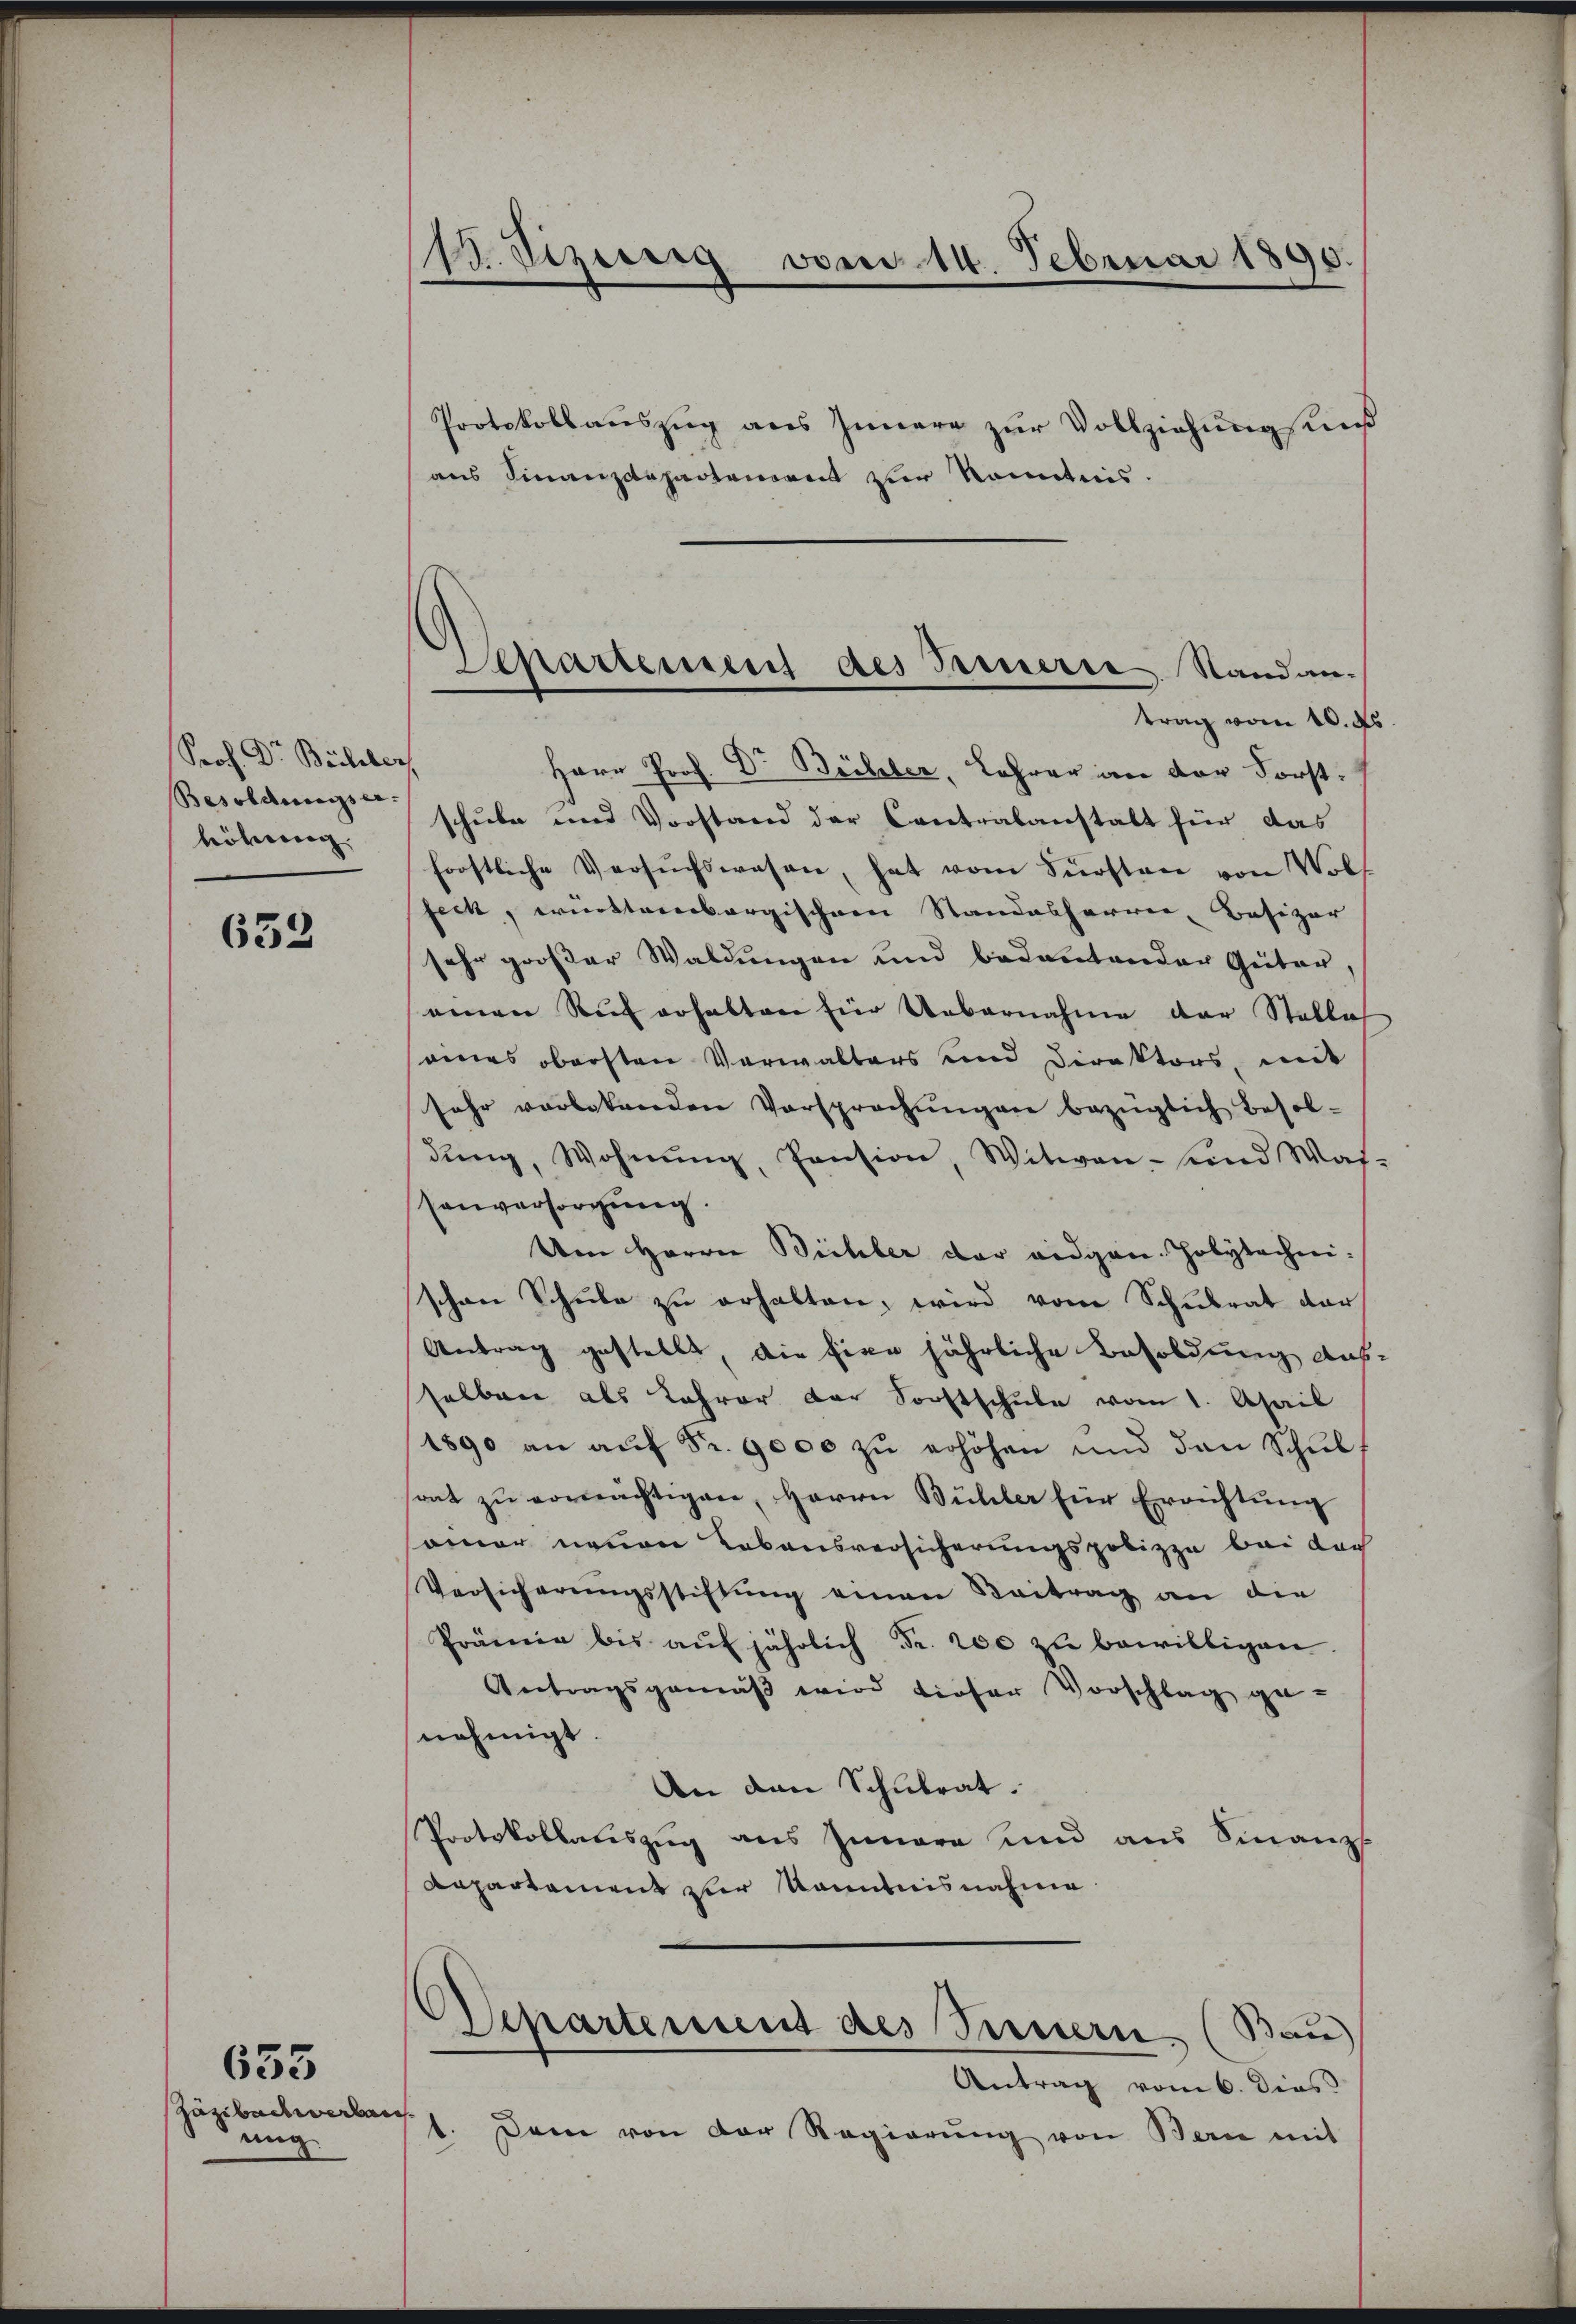
Prof. Dr Bachber
Besoldungser-
hörung

652

Jäzibachwerbes
ung.

635

13. Sizierg vnd 14. Februar 1890.

Herr Prof. Dr Büchler, Lehrer an der Forstschule und Vorstand der Contralanstalt für das
forstliche Versuchswesen, hat vom Fürsten von Volfeck, württembergischen Standesharrer, Basizar
sehr großer Waldungen und bedeutender Geiter,
einen Ruf erhalten hier Uebernahme der Stelle
eines obersten Verwalters und Direktors, mit
sehr verlebenden Vorsprechŭngen bezüglich besoldung, Wohnung, Pension, Witwen- und Was-
sanversorgung.
Um Herrn Bichler der eidgen. Polytechnischen Schule zu erhalten, wird vom Schulrat dar
Antrag gestellt, die fixe jährliche Besoldung aus-
sselben als Lehrer der Sorstschule vom 1. April
1890 an auf Fr. 9000 zu erhöhen und dann Schulrat zu ermächtigen, Herrn Bühler für Errichtung
samer neuen Lebensversicherungspobizza bei der
Versicherungsstiftung einen Beitrag an die
Prämien bis aŭf jährlich Fr. 200 zŭ bewilligen.
Antragsgemäß wird dieser Vorschlag ge-
nehmigt.
An den Schulrat.
Protokollauszug aus Innere und aus Finanzs
Aepartement zur Kenntnisnahme
Departement des Ternern (Bau)
Antrag vom 6. dies
1. Dann von der Regierŭng von Bern mit

Protokollauszug aus Innere zur Vollziehung suns
aus Finanzdepartement zur Kenntnis.

Departement des Fernere Standan-
trag vom 10. ds.